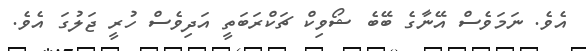
އެވެ. ނަމަވެސް އޭނާގެ ބޭބެ ޝޯވިކް ޗަކްރަބަތީ އަދިވެސް ހުރީ ޖަލުގަ އެވެ.